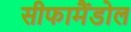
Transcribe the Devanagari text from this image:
सीफामैंडोल